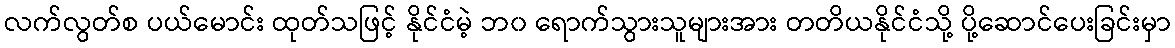
လက်လွတ်စ ပယ်မောင်း ထုတ်သဖြင့် နိုင်ငံမဲ့ ဘ၀ ရောက်သွားသူများအား တတိယနိုင်ငံသို့ ပို့ဆောင်ပေးခြင်းမှာ